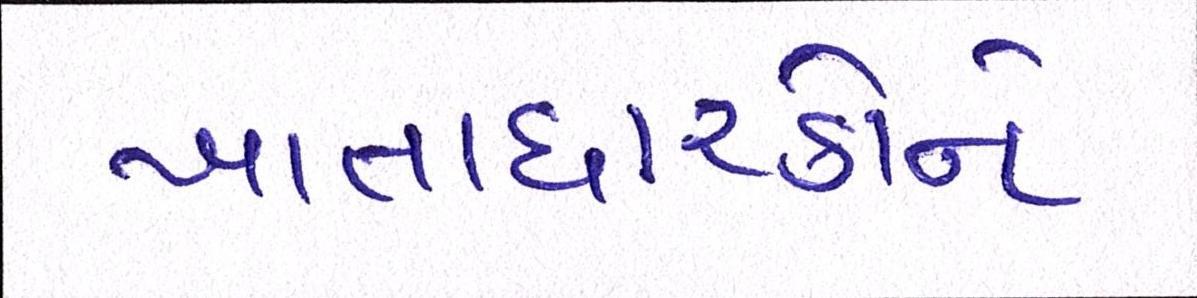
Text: ખાતાધારકોને